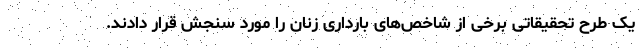
یک طرح تحقیقاتی برخی از شاخص‌های بارداری زنان را مورد سنجش قرار دادند.